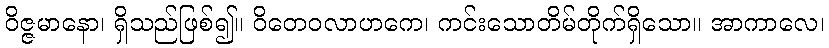
ဝိဇ္ဇမာနော၊ ရှိသည်ဖြစ်၍။ ဝိတေဝလာဟကေ၊ ကင်းသောတိမ်တိုက်ရှိသော။ အာကာလေ၊